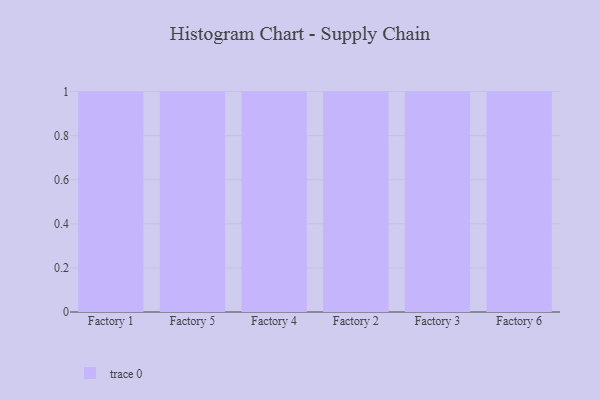
{"axis": {"x": "Factory", "y": "Satisfaction Score"}, "legend": [""], "data": [{"x": "Factory 1", "y": 98, "type": ""}, {"x": "Factory 5", "y": 97, "type": ""}, {"x": "Factory 4", "y": 68, "type": ""}, {"x": "Factory 2", "y": 61, "type": ""}, {"x": "Factory 3", "y": 94, "type": ""}, {"x": "Factory 6", "y": 59, "type": ""}]}